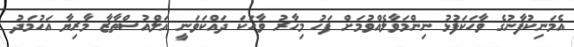
އެމަނިކުފާނުގެ ވާހަކަފުޅު ނިންމަވާލެއްވުމަށް ފަހު މިހާރު ވާހަކަ ދައްކަވަނީ އަލްއުސްތާޒާ މާރިޔާ އަހުމަދު